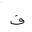
Letter: _fa